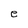
Character: e